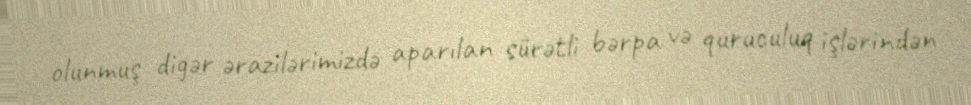
olunmuş digər ərazilərimizdə aparılan sürətli bərpa və quruculuq işlərindən